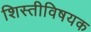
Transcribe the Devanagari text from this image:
शिस्तीविषयक